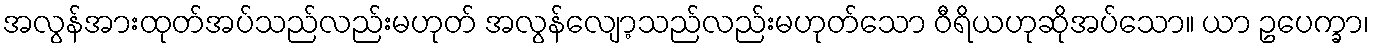
အလွန်အားထုတ်အပ်သည်လည်းမဟုတ် အလွန်လျော့သည်လည်းမဟုတ်သော ဝီရိယဟုဆိုအပ်သော။ ယာ ဥပေက္ခာ၊